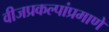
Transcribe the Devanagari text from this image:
वीजप्रकल्पांप्रमाणे